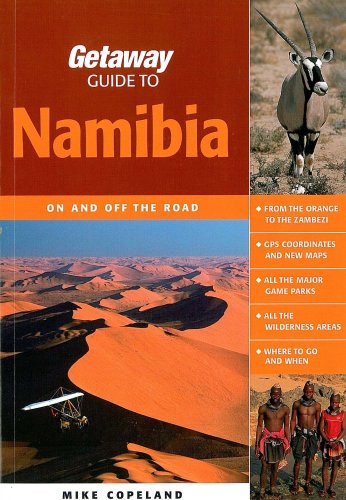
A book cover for Getaway Guide to Namibia: On and Off the Road; Mike Copeland; Travel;